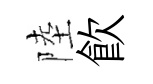
陸飮